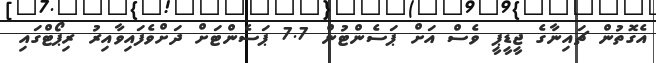
އެގޮތުން ޗައިނާގެ ޖީޑީޕީ ވެސް އަށް ޕަސެންޓުން 7.7 ޕަސެންޓަށް ދަށްވެފައިވާއިރު ރިޕޯޓްގައި